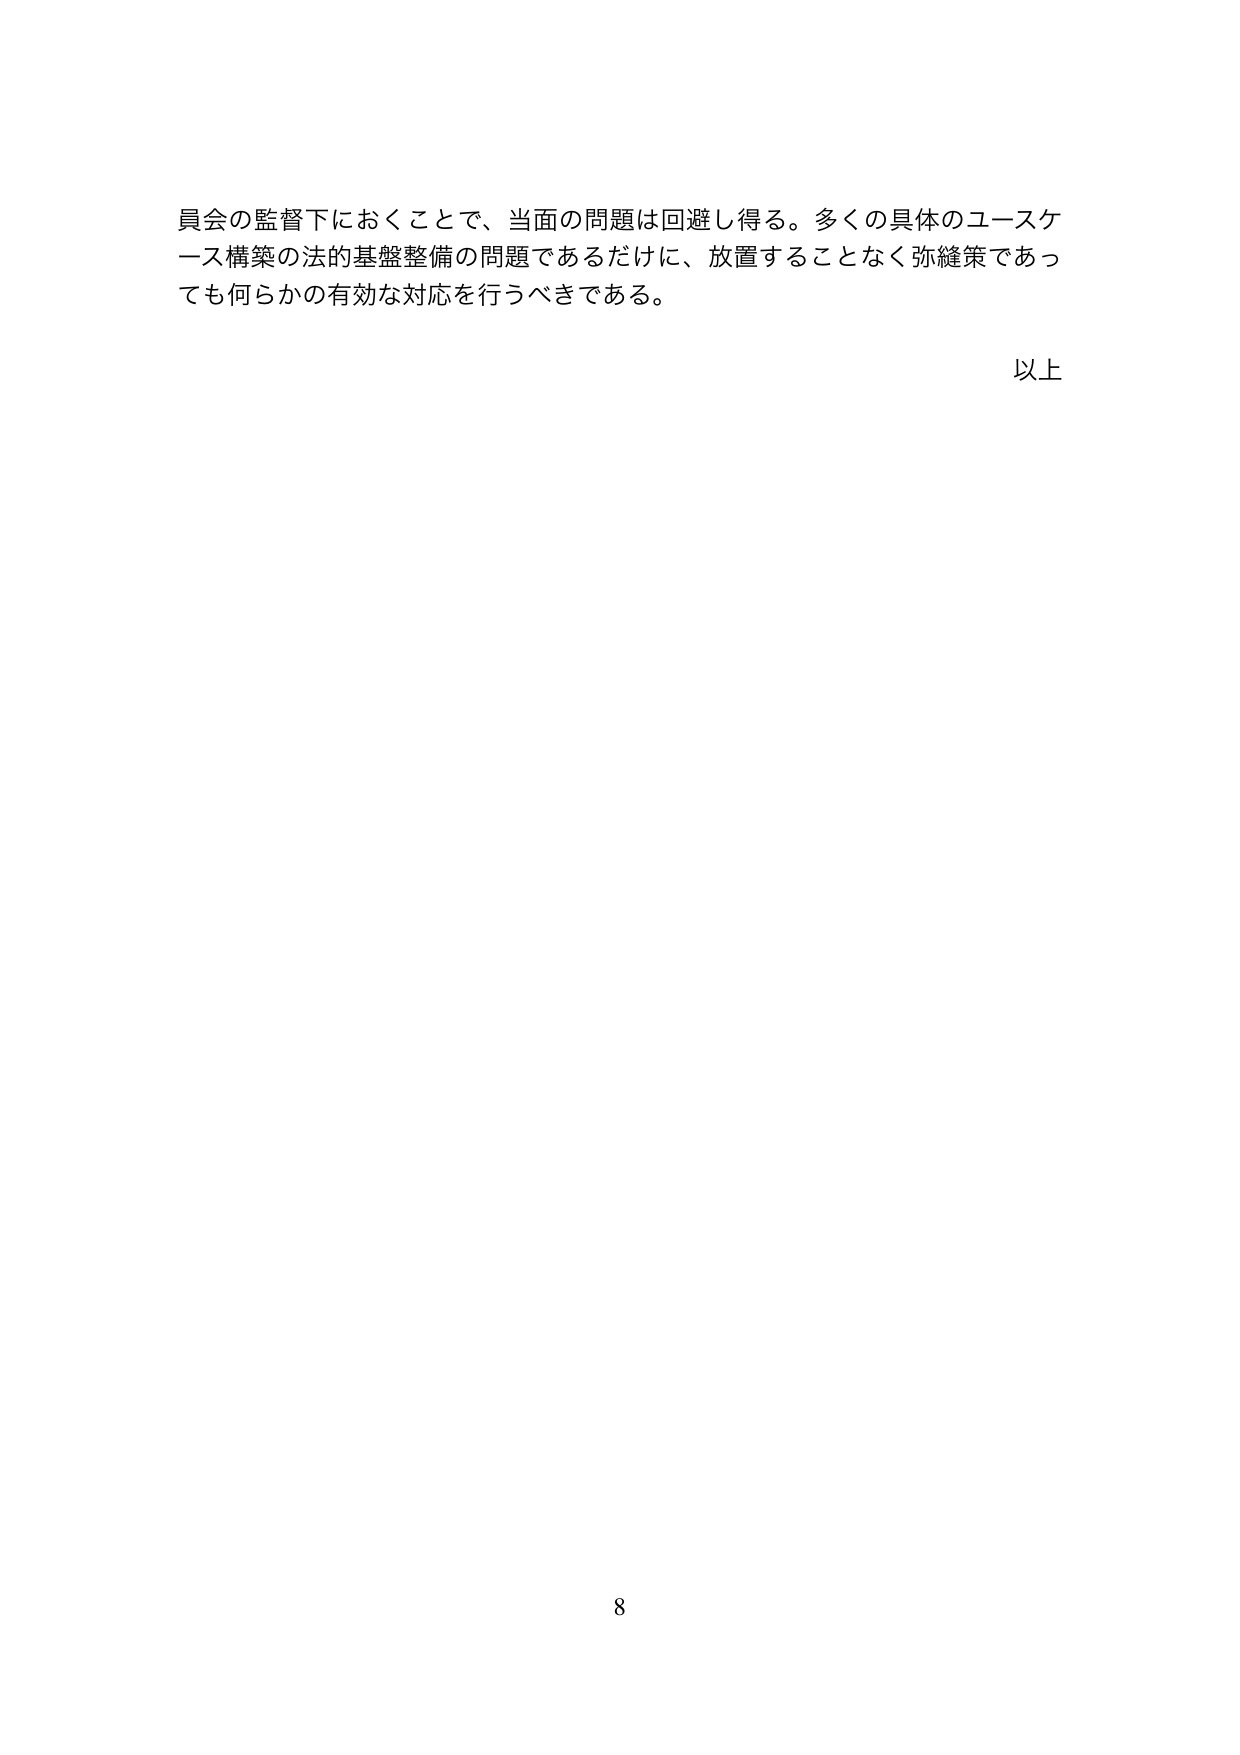
員会の監督下におくことで、当面の問題は回避し得る。多くの具体的ユースケース構築の法的基盤整備の問題であるだけに、放置することなく弥縫策であっても何らかの有効な対応を行うべきである。

以上

8